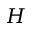
H